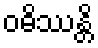
ဝဓိဿန္တိ